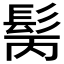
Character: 𩬝